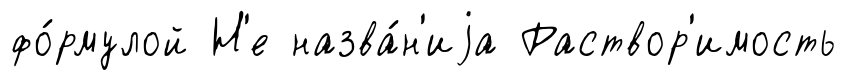
фо́рмулой Н'е назва́н'иjа Раствор'имость